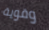
وقوية